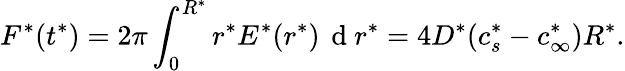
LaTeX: F^{*}(t^{*})=2\pi\int_{0}^{R^{*}}r^{*}E^{*}(r^{*})\, \mathrm{~d~}r^{*}=4D^{*}(c_{s}^{*}-c_{\infty}^{*})R^{*}.